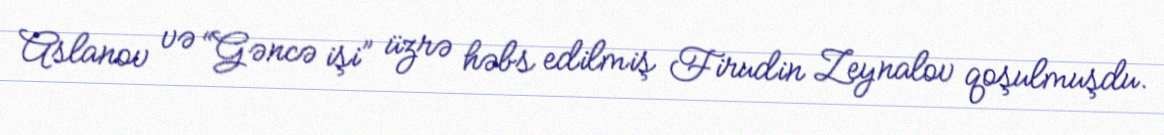
Aslanov və “Gəncə işi” üzrə həbs edilmiş Firudin Zeynalov qoşulmuşdu.